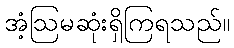
အံ့ဩမဆုံးရှိကြရသည်။